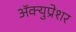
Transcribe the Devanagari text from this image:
ॲक्युप्रेशर